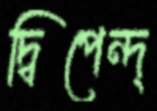
দ্বিপেন্দ্